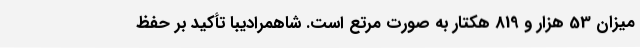
میزان 53 هزار و 819 هکتار به صورت مرتع است. شاهمرادیبا تأکید بر حفظ